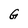
Character: G